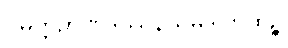
ဝိမုတ္တိဉာဏဒဿနသမ္ပဒါကထဉ္စ